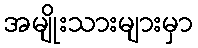
အမျိုးသားများမှာ